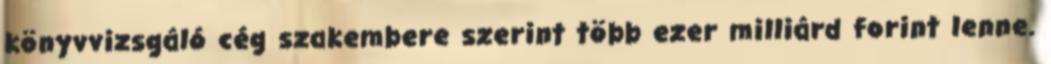
könyvvizsgáló cég szakembere szerint több ezer milliárd forint lenne.